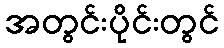
အတွင်းပိုင်းတွင်